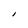
Character: I